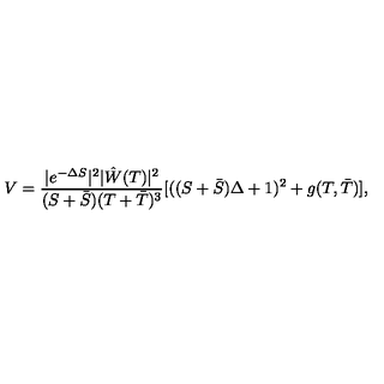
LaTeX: V = \frac { | e ^ { - \Delta S } | ^ { 2 } | \hat { W } ( T ) | ^ { 2 } } { ( S + \bar { S } ) ( T + \bar { T } ) ^ { 3 } } [ ( ( S + \bar { S } ) \Delta + 1 ) ^ { 2 } + g ( T , \bar { T } ) ] ,